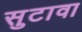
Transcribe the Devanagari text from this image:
सुटावा